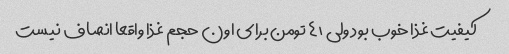
کیفیت غذا خوب بود ولی ۴۱ تومن برای اون حجم غذا واقعا انصاف نیست